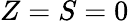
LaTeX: Z=S=0